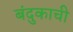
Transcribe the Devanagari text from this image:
बंदुकाची